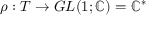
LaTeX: \rho : T \rightarrow G L ( 1 ; \mathbb { C } ) = \mathbb { C } ^ { * }